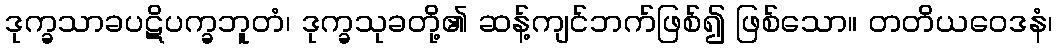
ဒုက္ခသာခပဋိပက္ခဘူတံ၊ ဒုက္ခသုခတို့၏ ဆန့်ကျင်ဘက်ဖြစ်၍ ဖြစ်သော။ တတိယဝေဒနံ၊